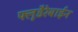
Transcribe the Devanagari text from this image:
फ्लूडैरेबाईन